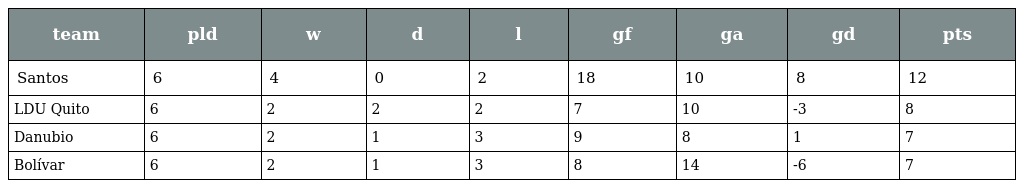
| team | pld | w | d | l | gf | ga | gd | pts |
 | --- | --- | --- | --- | --- | --- | --- | --- | --- |
 | Santos | 6 | 4 | 0 | 2 | 18 | 10 | 8 | 12 |
 | LDU Quito | 6 | 2 | 2 | 2 | 7 | 10 | -3 | 8 |
 | Danubio | 6 | 2 | 1 | 3 | 9 | 8 | 1 | 7 |
 | Bolívar | 6 | 2 | 1 | 3 | 8 | 14 | -6 | 7 |